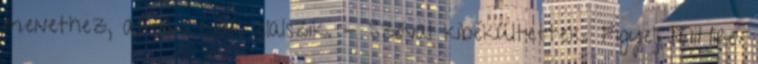
menethez, aztán csak elalszik. - Szóval kibékültettek. Figyelj MiHire.